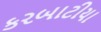
કરબાટીયા